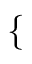
\mathopen { } \mathclose \bgroup \left\{ \begin{array} { r l r l } \end{array} \aftergroup \egroup \right.